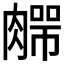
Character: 𰯆